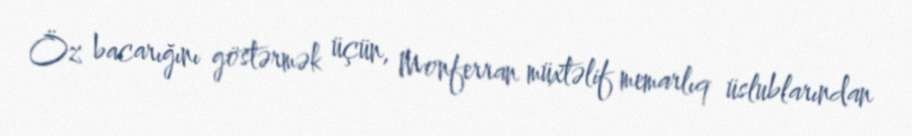
Öz bacarığını göstərmək üçün, Monferran müxtəlif memarlıq üslublarından